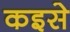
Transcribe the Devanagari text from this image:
कइसे